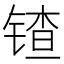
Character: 𬭠